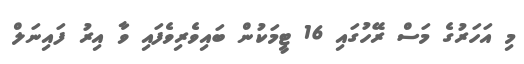
މި އަހަރުގެ މަސް ރޭހުގައި 16 ޓީމަކުން ބައިވެރިވެފައި ވާ އިރު ފައިނަލް